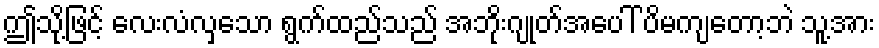
ဤသို့ဖြင့် လေးလံလှသော ရွက်ထည်သည် အဘိုးဂျုတ်အပေါ် ပိမကျတော့ဘဲ သူ့အား